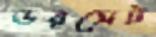
ডরসেট